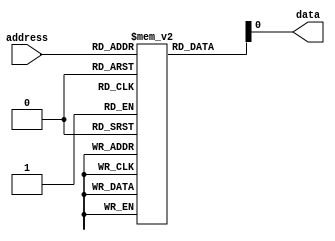
module fuse_rom (
    input wire [7:0] address,
    output reg data
);

reg [7:0] rom [255:0];

initial begin
    // Initialize rom array with permanent data
    rom[0] = 8'b10101010; // Example data
    // Add more data initialization as needed
end

always @* begin
    // Read data from the corresponding memory location based on the address
    data = rom[address];
end

endmodule